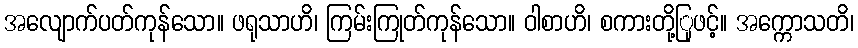
အလျောက်ပတ်ကုန်သော။ ဖရုသာဟိ၊ ကြမ်းကြုတ်ကုန်သော။ ဝါစာဟိ၊ စကားတို့ြုဖင့်။ အက္ကောသတိ၊